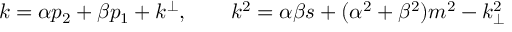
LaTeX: k = \alpha p _ { 2 } + \beta p _ { 1 } + k ^ { \perp } , \qquad k ^ { 2 } = \alpha \beta s + ( \alpha ^ { 2 } + \beta ^ { 2 } ) m ^ { 2 } - k _ { \perp } ^ { 2 }